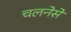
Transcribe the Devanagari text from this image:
चलनेसे